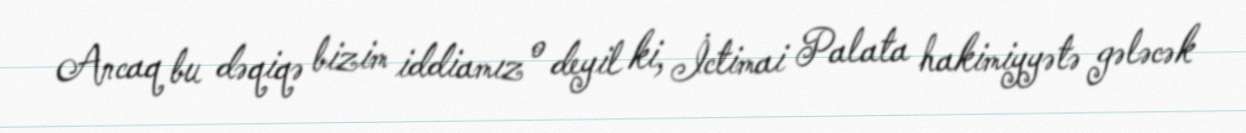
Ancaq bu dəqiqə bizim iddiamız o deyil ki, İctimai Palata hakimiyyətə gələcək